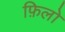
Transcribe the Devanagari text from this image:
फ़िलो